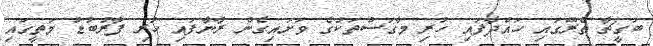
ބަގީޗާ ތެރޭގައި ހައްދާފައި ހުރި މާގަސްތަކުގެ ވަށައިގެން ރާނާފައި ހުރި ފާރުބުޑު މަތީގައި